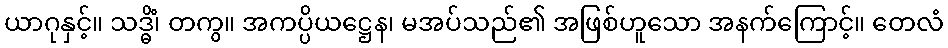
ယာဂုနှင့်။ သဒ္ဓိံ၊ တကွ။ အကပ္ပိယဋ္ဌေန၊ မအပ်သည်၏ အဖြစ်ဟူသော အနက်ကြောင့်။ တေလံ